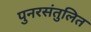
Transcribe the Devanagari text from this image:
पुनरसंतुलित